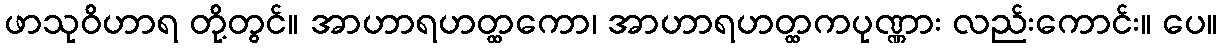
ဖာသုဝိဟာရ တို့တွင်။ အာဟာရဟတ္ထကော၊ အာဟာရဟတ္ထကပုဏ္ဏား လည်းကောင်း။ ပေ။